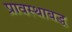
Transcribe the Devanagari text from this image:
प्रावस्थाबद्ध